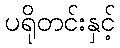
ပရိုတင်းနှင့်